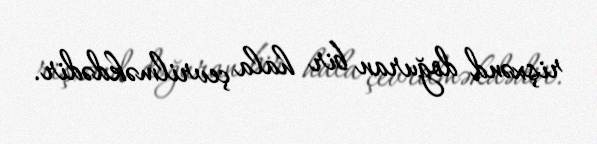
rişxənd doğuran bir hala çevrilməkdədir.